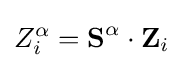
Z_{i}^{\alpha }={\textbf {S}}^{\alpha }\cdot {\textbf {Z}}_{i}